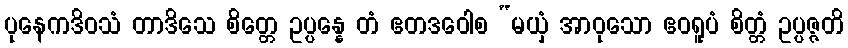
ပုနေကဒိဝသံ တာဒိသေ စိတ္တေ ဥပ္ပန္နေ တံ ဧတဒဝေါစ “မယှံ အာဝုသော ဧဝရူပံ စိတ္တံ ဥပ္ပဇ္ဇတိ